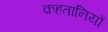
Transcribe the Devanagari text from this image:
क़हतानियों